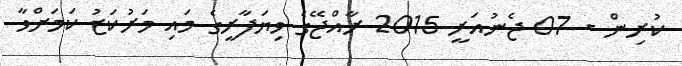
ކުރިން - 07 ޖެނުއަރީ 2015 ރާއްޖޭގެ ވިޔަފާރީގެ މައި މަރުކަޒު ކަމަށްވާ